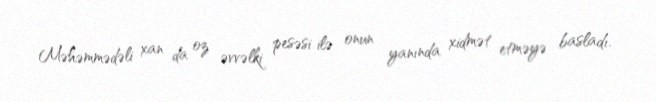
Məhəmmədəli xan da oz əvvəlki pesəsi ilə onun yanında xidmət etməyə basladı.